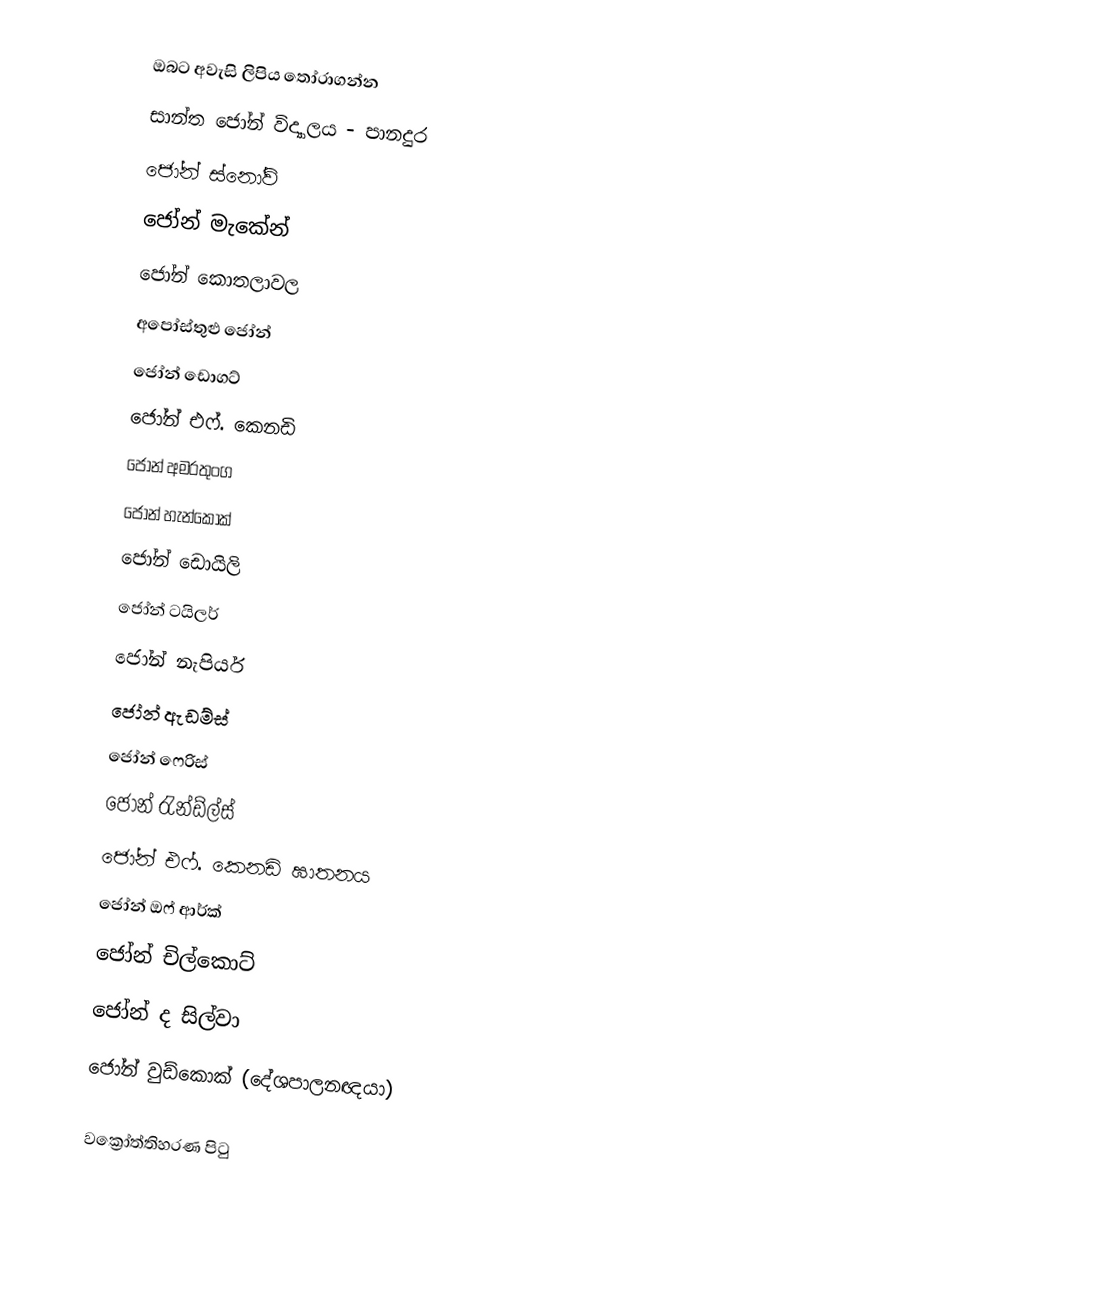
ඔබට අවැසි ලිපිය තෝරාගන්න
 සාන්ත ජෝන් විද්‍යාලය - පානදුර
 ජෝන් ස්නෝව්
 ජෝන් මැකේන්
 ජෝන් කොතලාවල
 අපෝස්තුළු ජෝන්
 ජෝන් ඩොගට්
 ජෝන් එෆ්. කෙනඩි
 ජෝන් අමරතුංග
 ජෝන් හැන්කොක්
 ජෝන් ඩොයිලි
 ජෝන් ටයිලර්
 ජෝන් නැපියර්
 ජෝන් ඇඩම්ස්
 ජෝන් ෆෙරිස්
 ජෝන් රැන්ඩ්ල්ස්
 ජෝන් එෆ්. කෙනඩි ඝාතනය
 ජෝන් ඔෆ් ආර්ක්
 ජෝන් චිල්කොට්
 ජෝන් ද සිල්වා ‍
 ජෝන් වුඩ්කොක් (දේශපාලනඥයා)

වක්‍රෝත්තිහරණ පිටු